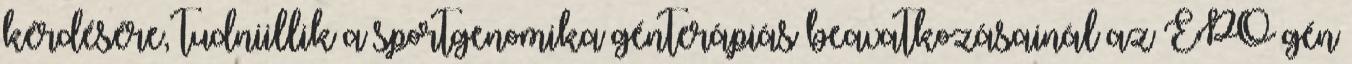
kérdésére, tudniillik a sportgenomika génterápiás beavatkozásainál az EPO gén